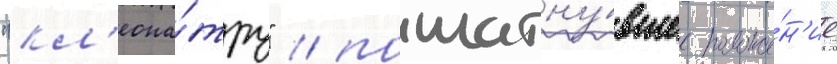
"кл'еопа́тру" / пошатну́вшее положе́н'ие